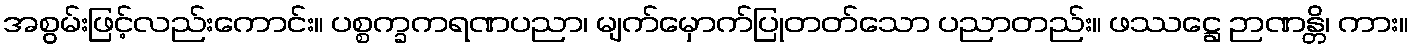
အစွမ်းဖြင့်လည်းကောင်း။ ပစ္စက္ခကရဏပညာ၊ မျက်မှောက်ပြုတတ်သော ပညာတည်း။ ဖဿဋ္ဌေ ဉာဏန္တိ၊ ကား။